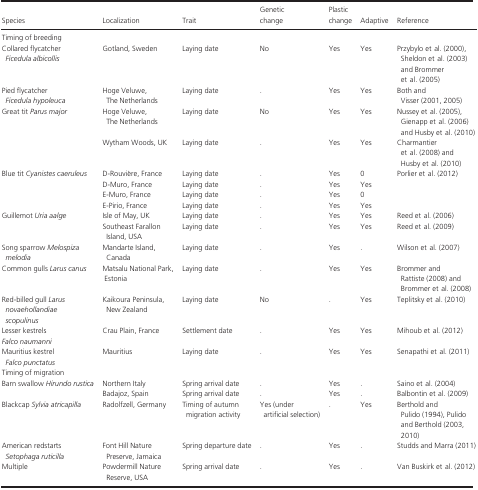
<table><thead><tr><td><b>Species</b></td><td><b>Localization</b></td><td><b>Trait</b></td><td><b>Genetic change</b></td><td><b>Plastic change</b></td><td><b>Adaptive</b></td><td><b>Reference</b></td></tr></thead><tbody><tr><td colspan="7">Timing of breeding</td></tr><tr><td>Collared flycatcher <i>Ficedula albicollis</i></td><td>Gotland, Sweden</td><td>Laying date</td><td>No</td><td>Yes</td><td>Yes</td><td>Przybylo et al. (2000), Sheldon et al. (2003) and Brommer et al. (2005)</td></tr><tr><td>Pied flycatcher <i>Ficedula hypoleuca</i></td><td>Hoge Veluwe, The Netherlands</td><td>Laying date</td><td>.</td><td>Yes</td><td>Yes</td><td>Both and Visser (2001, 2005)</td></tr><tr><td>Great tit <i>Parus major</i></td><td>Hoge Veluwe, The Netherlands</td><td>Laying date</td><td>No</td><td>Yes</td><td>Yes</td><td>Nussey et al. (2005), Gienapp et al. (2006) and Husby et al. (2010)</td></tr><tr><td>[EMPTY_CELL]</td><td>Wytham Woods, UK</td><td>Laying date</td><td>.</td><td>Yes</td><td>Yes</td><td>Charmantier et al. (2008) and Husby et al. (2010)</td></tr><tr><td>Blue tit <i>Cyanistes caeruleus</i></td><td>D-Rouvière, France</td><td>Laying date</td><td>.</td><td>Yes</td><td>0</td><td rowspan="4">Porlier et al. (2012)</td></tr><tr><td>[EMPTY_CELL]</td><td>D-Muro, France</td><td>Laying date</td><td>.</td><td>Yes</td><td>Yes</td></tr><tr><td>[EMPTY_CELL]</td><td>E-Muro, France</td><td>Laying date</td><td>.</td><td>Yes</td><td>0</td></tr><tr><td>[EMPTY_CELL]</td><td>E-Pirio, France</td><td>Laying date</td><td>.</td><td>Yes</td><td>Yes</td></tr><tr><td>Guillemot <i>Uria aalge</i></td><td>Isle of May, UK</td><td>Laying date</td><td>.</td><td>Yes</td><td>Yes</td><td>Reed et al. (2006)</td></tr><tr><td>[EMPTY_CELL]</td><td>Southeast Farallon Island, USA</td><td>Laying date</td><td>.</td><td>Yes</td><td>Yes</td><td>Reed et al. (2009)</td></tr><tr><td>Song sparrow <i>Melospiza melodia</i></td><td>Mandarte Island, Canada</td><td>Laying date</td><td>.</td><td>Yes</td><td>.</td><td>Wilson et al. (2007)</td></tr><tr><td>Common gulls <i>Larus canus</i></td><td>Matsalu National Park, Estonia</td><td>Laying date</td><td>.</td><td>Yes</td><td>Yes</td><td>Brommer and Rattiste (2008) and Brommer et al. (2008)</td></tr><tr><td>Red-billed gull <i>Larus novaehollandiae scopulinus</i></td><td>Kaikoura Peninsula, New Zealand</td><td>Laying date</td><td>No</td><td>.</td><td>Yes</td><td>Teplitsky et al. (2010)</td></tr><tr><td>Lesser kestrels <i>Falco naumanni</i></td><td>Crau Plain, France</td><td>Settlement date</td><td>.</td><td>Yes</td><td>Yes</td><td>Mihoub et al. (2012)</td></tr><tr><td>Mauritius kestrel <i>Falco punctatus</i></td><td>Mauritius</td><td>Laying date</td><td>.</td><td>Yes</td><td>Yes</td><td>Senapathi et al. (2011)</td></tr><tr><td colspan="7">Timing of migration</td></tr><tr><td rowspan="2">Barn swallow <i>Hirundo rustica</i></td><td>Northern Italy</td><td>Spring arrival date</td><td>.</td><td>Yes</td><td>.</td><td>Saino et al. (2004)</td></tr><tr><td>Badajoz, Spain</td><td>Spring arrival date</td><td>.</td><td>Yes</td><td>.</td><td>Balbontin et al. (2009)</td></tr><tr><td>Blackcap <i>Sylvia atricapilla</i></td><td>Radolfzell, Germany</td><td>Timing of autumn migration activity</td><td>Yes (under artificial selection)</td><td>.</td><td>Yes</td><td>Berthold and Pulido (1994), Pulido and Berthold (2003, 2010)</td></tr><tr><td>American redstarts <i>Setophaga ruticilla</i></td><td>Font Hill Nature Preserve, Jamaica</td><td>Spring departure date</td><td>.</td><td>Yes</td><td>.</td><td>Studds and Marra (2011)</td></tr><tr><td>Multiple</td><td>Powdermill Nature Reserve, USA</td><td>Spring arrival date</td><td>.</td><td>Yes</td><td>.</td><td>Van Buskirk et al. (2012)</td></tr></tbody></table>